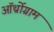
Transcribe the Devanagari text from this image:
ऑर्थ्रोग्राम